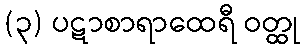
(၃) ပဋာစာရာထေရီ ဝတ္ထု